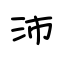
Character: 沛